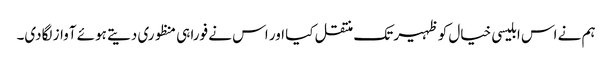
ہم نے اس ابلیسی خیال کو ظہیر تک منتقل کیا اور اس نے فورا ہی منظوری دیتے ہوئے آواز لگادی۔